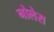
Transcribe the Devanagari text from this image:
नोलेस